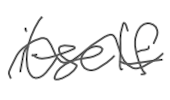
Text: itself
Cross-out: wave
Writing tool: digital_gray